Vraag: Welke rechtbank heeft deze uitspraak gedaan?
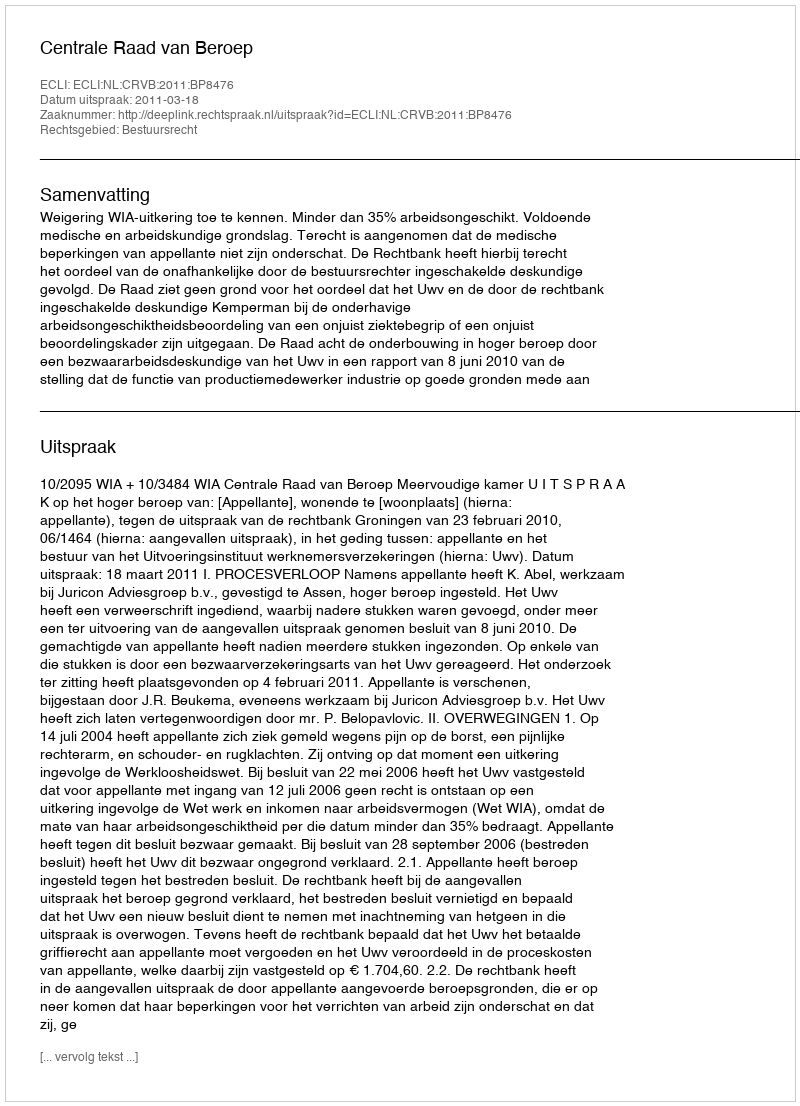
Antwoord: Centrale Raad van Beroep